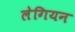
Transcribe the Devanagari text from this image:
लेगियन